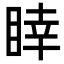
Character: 䁄